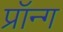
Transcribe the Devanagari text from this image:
प्रॉन्ग